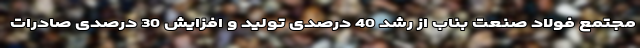
مجتمع فولاد صنعت بناب از رشد 40 درصدی تولید و افزایش 30 درصدی صادرات